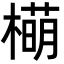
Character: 橗